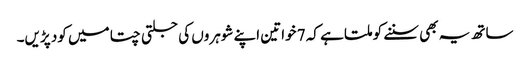
ساتھ یہ بھی سننے کو ملتا ہے کہ 7 خواتین اپنے شوہروں کی جلتی چتا میں کود پڑیں۔